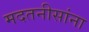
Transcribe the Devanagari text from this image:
मदतनीसांना